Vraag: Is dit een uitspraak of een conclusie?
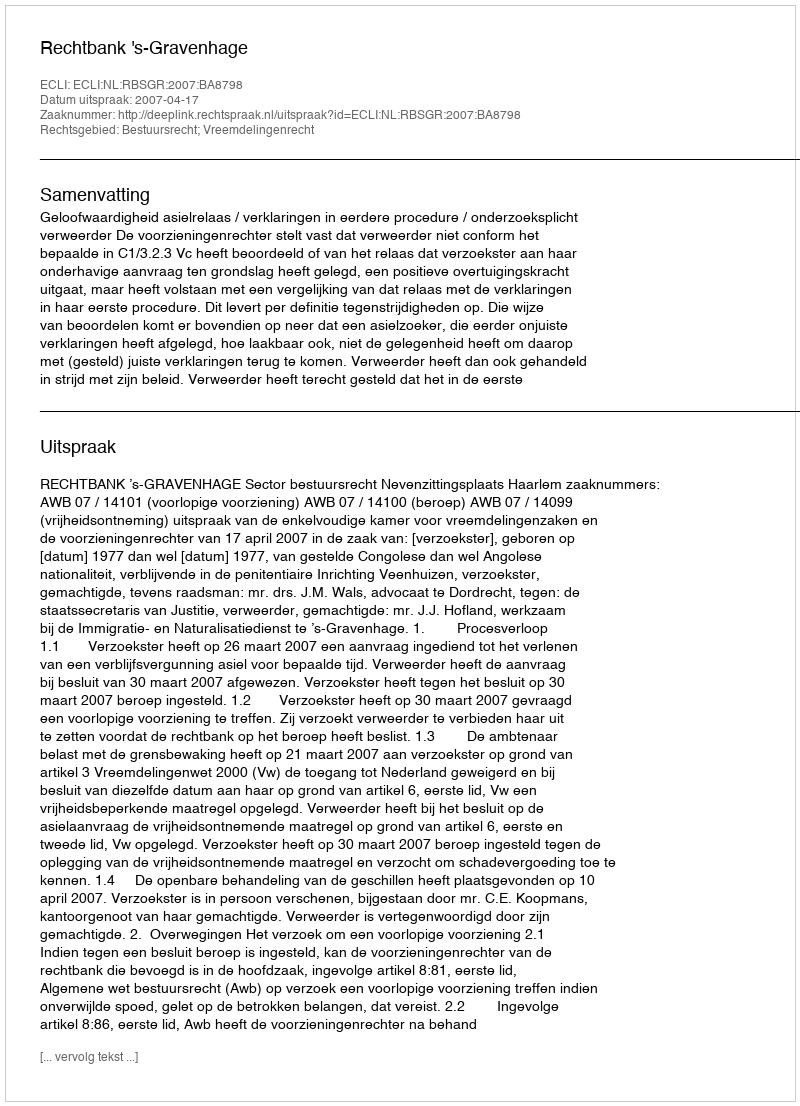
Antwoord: Uitspraak